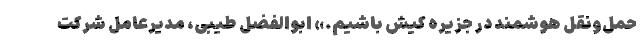
حمل‌ونقل هوشمند در جزیره کیش باشیم.» ابوالفضل طیبی، مدیرعامل شرکت